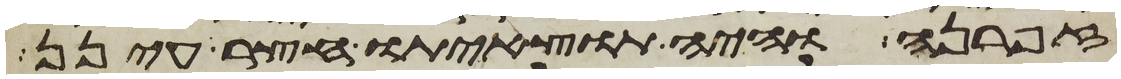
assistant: זפרנה והיה תוצאיתו חצר עינן